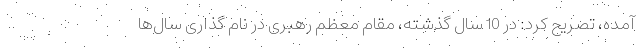
آمده، تصریح کرد: در 10 سال گذشته، مقام معظم رهبری در نام گذاری سال‌ها